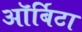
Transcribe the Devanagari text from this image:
ऑर्बिटा